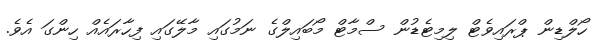
ހޯލްޑިން ޕްރައިވެޓް ލިމިޓެޑުން ސްމާޓް މޯބައިލްގެ ނަމުގައި މާލޭގައި ފިހާރައެއް ހިންގަ އެވެ.